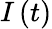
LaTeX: I\left(t\right)